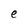
Character: e